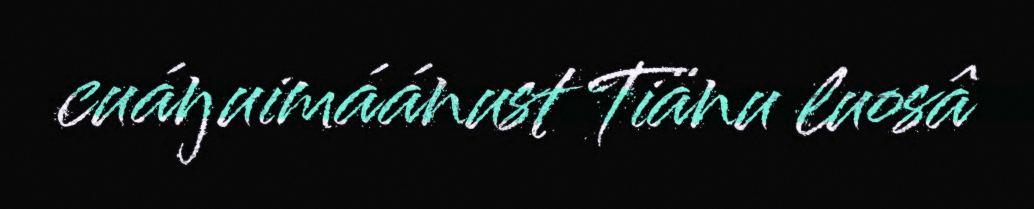
cuáŋuimáánust Tiänu luosâ